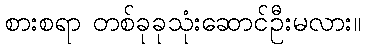
စားစရာ တစ်ခုခုသုံးဆောင်ဦးမလား။